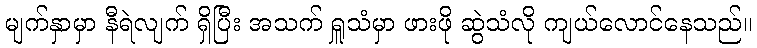
မျက်နှာမှာ နီရဲလျက် ရှိပြီး အသက် ရှူသံမှာ ဖားဖို ဆွဲသံလို ကျယ်လောင်နေသည်။